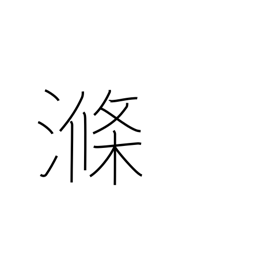
Meaning: rinse